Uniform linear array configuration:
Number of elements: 16
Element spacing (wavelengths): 0.25
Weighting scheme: exponential
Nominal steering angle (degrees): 15
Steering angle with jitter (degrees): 15.188
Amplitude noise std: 0.05
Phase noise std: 0.05

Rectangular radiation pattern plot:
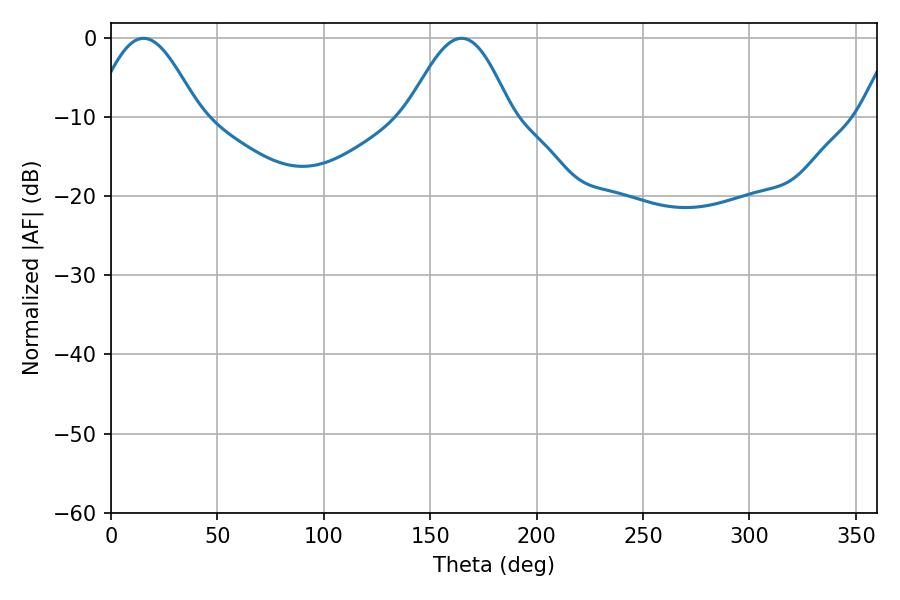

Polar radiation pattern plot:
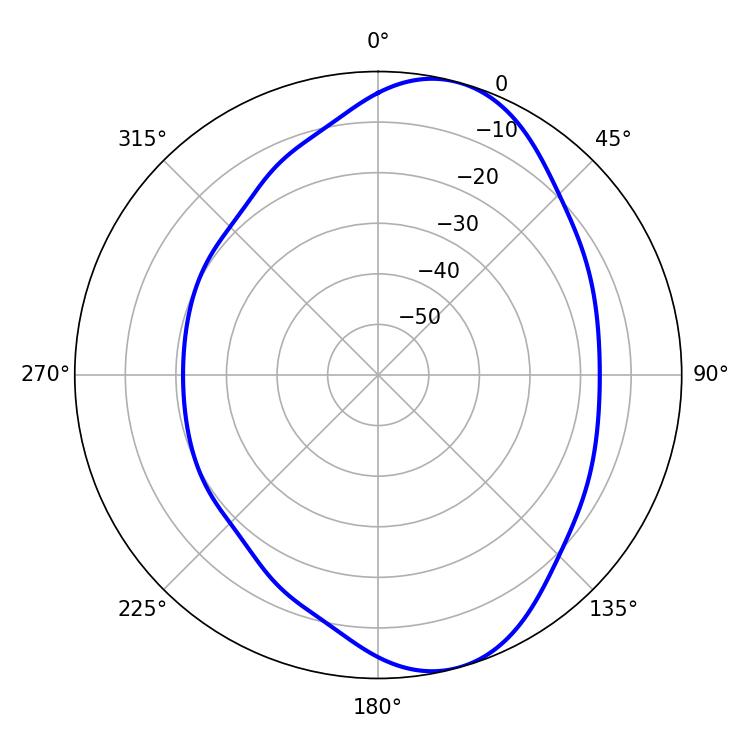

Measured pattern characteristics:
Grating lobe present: FALSE
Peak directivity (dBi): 8.167
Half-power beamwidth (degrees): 26.28
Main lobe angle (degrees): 15.3